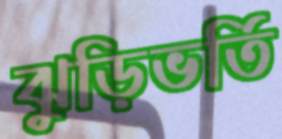
ঝুড়িভর্তি